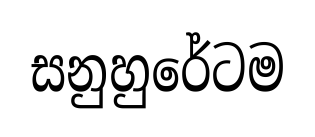
සනුහුරේටම